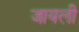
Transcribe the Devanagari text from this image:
जायली